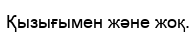
Қызығымен және жоқ.